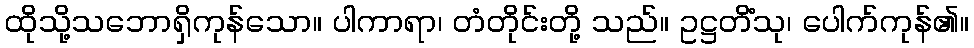
ထိုသို့သဘောရှိကုန်သော။ ပါကာရာ၊ တံတိုင်းတို့ သည်။ ဥဋ္ဌတိံသု၊ ပေါက်ကုန်၏။